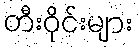
တီးဝိုင်းများ